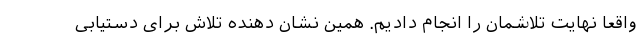
واقعاً نهایت تلاشمان را انجام دادیم. همین نشان دهنده تلاش برای دستیابی